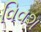
વિવશ